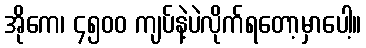
အိုကေ၊ ၄၅၀၀ ကျပ်နဲ့ပဲလိုက်ရတော့မှာပေါ့။